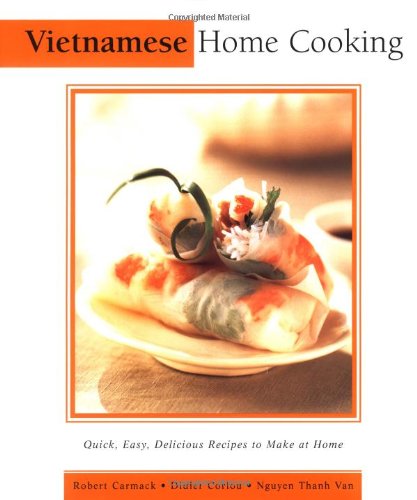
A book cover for Vietnamese Home Cooking: The Essential Asian Kitchen; Robert Carmack; Cookbooks, Food & Wine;